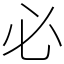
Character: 必